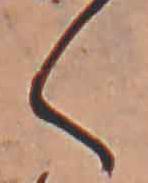
く